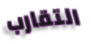
التقارب